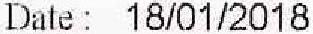
DATE : 18/01/2018